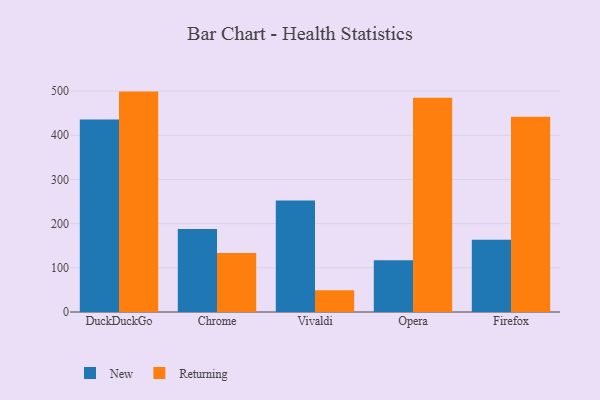
{"axis": {"x": "Browser", "y": "Churn Rate (%)"}, "legend": ["New", "Returning"], "data": [{"x": "DuckDuckGo", "y": 435.8, "type": "New"}, {"x": "DuckDuckGo", "y": 498.9, "type": "Returning"}, {"x": "Chrome", "y": 188.1, "type": "New"}, {"x": "Chrome", "y": 133.6, "type": "Returning"}, {"x": "Vivaldi", "y": 252.6, "type": "New"}, {"x": "Vivaldi", "y": 49.3, "type": "Returning"}, {"x": "Opera", "y": 117.0, "type": "New"}, {"x": "Opera", "y": 485.0, "type": "Returning"}, {"x": "Firefox", "y": 163.5, "type": "New"}, {"x": "Firefox", "y": 441.8, "type": "Returning"}]}